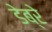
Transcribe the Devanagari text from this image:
डेब्रे